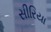
સીરિયા